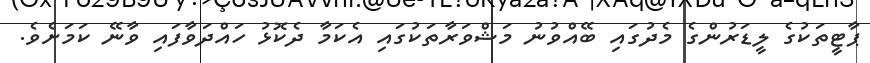
ޕާޓީތަކުގެ ލީޑަރުންގެ މެދުގައި ބޭއްވުނު މަޝްވަރާތަކުގައި އެކަމާ ދެކޮޅު ހައްދަވާފައި ވާނޭ ކަމަށެވެ.